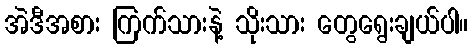
အဲဒီအစား ကြက်သားနဲ့ သိုးသား တွေရွေးချယ်ပါ။